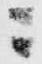
ニ